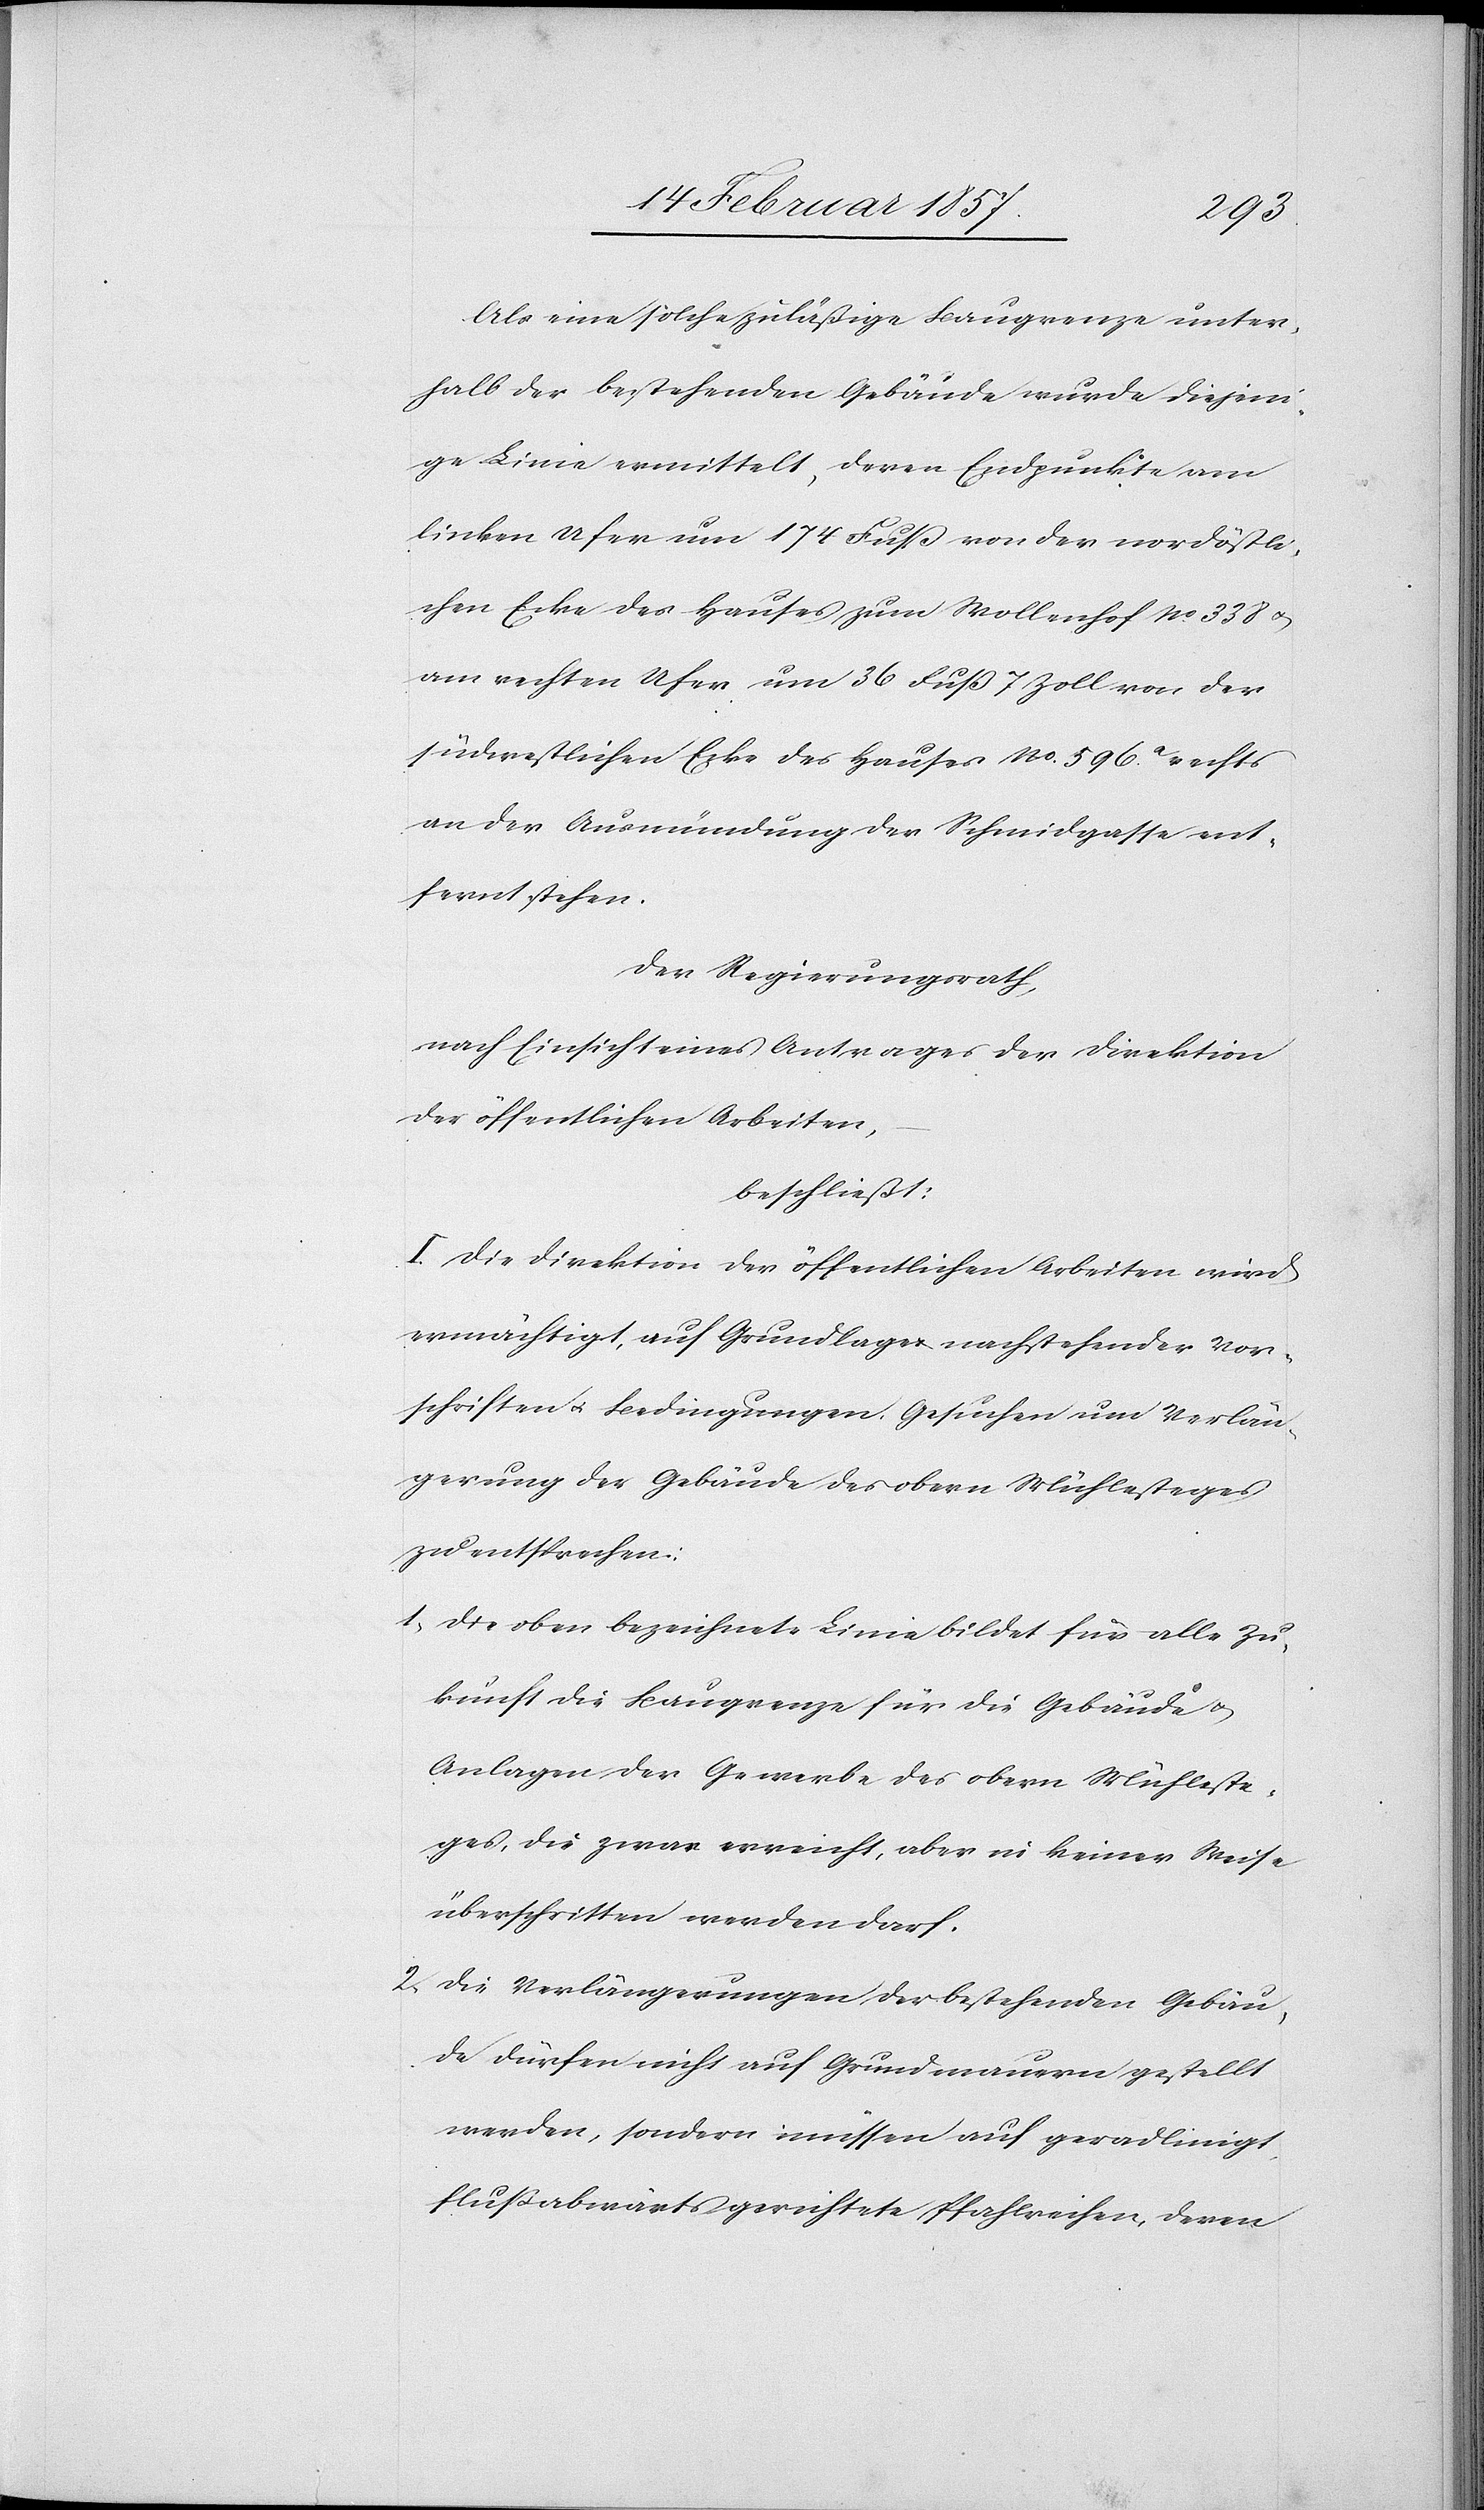
Als eine solche zuläßige Baugrenze unter¬
halb der bestehenden Gebäude wurde diejeni¬
ge Linie ermittelt, deren Endpunkte am
linken Ufer um 174 Fuß von der nordöstli¬
chen Ecke des Hauses zum Wollenhof No 338 u.
am rechten Ufer um 36 Fuß 7 Zoll von der
südwestlichen Ecke des Hauses No 596a rechts
an der Ausmündung der Schmidgasse ent¬
fernt stehen.
Der Regierungsrath,
nach Einsicht eines Antrages der Direktion
der öffentlichen Arbeiten,
beschließt:
I. Die Direktion der öffentlichen Arbeiten wird
ermächtigt, auf Grundlage nachstehender Vor¬
schriften u. Bedingungen, Gesuchen um Verlän¬
gerung der Gebäude des obern Mühlesteges
zu entsprechen:
1. Die oben bezeichnete Linie bildet für alle Zu¬
kunft die Baugrenze für die Gebäude u.
Anlagen der Gewerbe des obern Mühlste¬
ges, die zwar erreicht, aber in keiner Weise
überschritten werden darf.
2. Die Verlängerungen der bestehenden Gebäu¬
de dürfen nicht auf Grundmauern gestellt
werden, sondern müssen auf geradlinigt
flußabwärts gerichtete Pfahlreihen, deren